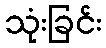
သုံးခြင်း